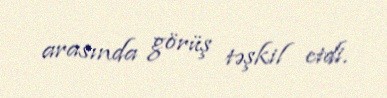
arasında görüş təşkil etdi.